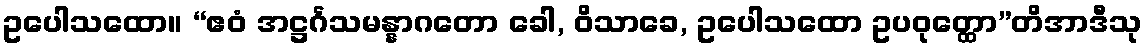
ဥပေါသထော။ “ဧဝံ အဋ္ဌင်္ဂသမန္နာဂတော ခေါ, ဝိသာခေ, ဥပေါသထော ဥပဝုတ္ထော”တိအာဒီသု